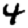
Digit: 4